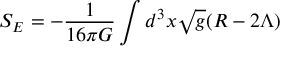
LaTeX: S _ { E } = - \frac { 1 } { 1 6 \pi G } \int d ^ { 3 } x \sqrt { g } ( R - 2 \Lambda )